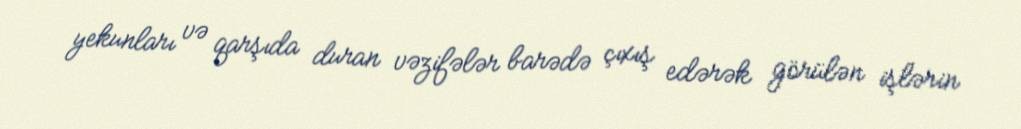
yekunları və qarşıda duran vəzifələr barədə çıxış edərək görülən işlərin